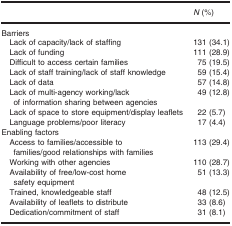
|  | N (%) |
 | --- | --- |
 | <COLSPAN=2> Barriers |
 | Lack of capacity/lack of staffing | 131 (34.1) |
 | Lack of funding | 111 (28.9) |
 | Difficult to access certain families | 75 (19.5) |
 | Lack of staff training/lack of staff knowledge | 59 (15.4) |
 | Lack of data | 57 (14.8) |
 | Lack of multi-agency working/lack of information sharing between agencies | 49 (12.8) |
 | Lack of space to store equipment/display leaflets | 22 (5.7) |
 | Language problems/poor literacy | 17 (4.4) |
 | <COLSPAN=2> Enabling factors |
 | Access to families/accessible to families/good relationships with families | 113 (29.4) |
 | Working with other agencies | 110 (28.7) |
 | Availability of free/low-cost home safety equipment | 51 (13.3) |
 | Trained, knowledgeable staff | 48 (12.5) |
 | Availability of leaflets to distribute | 33 (8.6) |
 | Dedication/commitment of staff | 31 (8.1) |